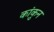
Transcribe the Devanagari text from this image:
कांकुन